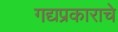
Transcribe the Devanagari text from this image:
गद्यप्रकाराचे